Report of the Hyderabad Chloroform Commission
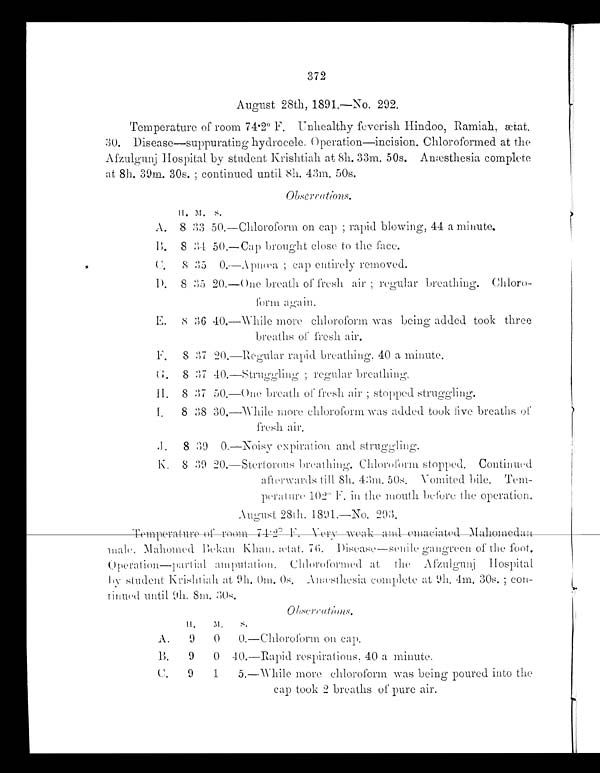
372
August 28th, 1891.—No. 292.
Temperature of room 74.2° F. Unhealthy feverish Hindoo, Ramiah, ætat.
30. Disease—suppurating hydrocele. Operation—incision. Chloroformed at the
Afzulgunj Hospital by student krishtiah at 8h. 33m. 50s. Anæsthesia complete
at 8h. 39m. 30s. ; continued until 8h. 43m. 50s.
Observations.
H. M. S.
A.
8 33 50.
— C h l o r o f o r m o n c a p ; r a p i d b l o w i n g , 4 4 a m i n u t e ,
B.
8
3 4 50.
—Cap brought close to the face.
C.
8 35 0.
—Apnœa ; cap entirely removed.
D.
8 35
20.
—One breath of fresh air; regular breathing. Chloro
-
form again.
E.
8
36 40.
—While more
chloroform was being added took
three
breaths of fresh air.
F.
8 37 20.
—Regular rapid breathing. 40 a minute.
G.
8 37 40.
—Struggling ; regular breathing,
H.
8 37 50.
—One breat h of fresh ai r ; st opped st ruggl i ng.
I.
8 38
30.
—While more chloroform was added took five breaths of
fresh air.
J.
8
3 9 0.
—Noisy expiration and struggling.
K.
8 39 20. —Stertorous breathing. Chloroform stopped.
Continued
afterwards till 8h. 43m. 50s.
Vomited bile.
T e m -
perature 102° F. in the mouth before the operation.
A u g u s t 2 8 t h . 1 8 9 1 . — N o . 2 9 3 .
Temperature of room 74.2° F. Very weak and emaciated Mahomedan male. Mahomed Bekan Khan. ætat. 76. Disease—senile gangreen of the foot.
Operation—partial amputation. Chloroformed at the Afzulgunj Hospital.
bv student Krishtiah at 9h. 0m. 0s. Anæsthesia complete at 9h. 4m. 30s.; con
-
tinued until 9h. 8m. 30s.
H.
M.
S.
A.
9
0
0. —Chloroform on cap.
B.
9
0
4 0 .
—Rapid respirations, 40 a minute.
C.
9
1
5.
—While more
chloroform was being poured into the
cap took 2 breaths of pure air.